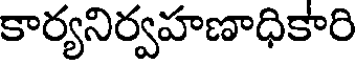
కార్యనిర్వహణాధికారి